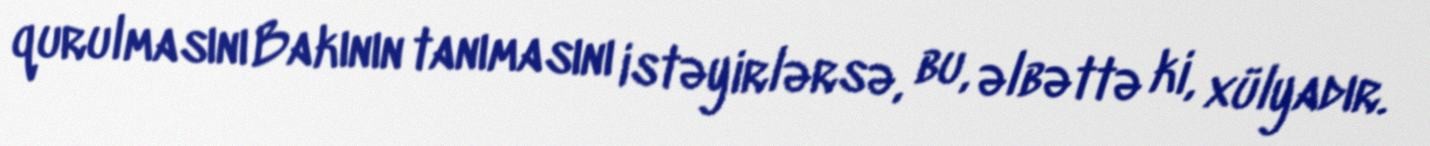
qurulmasını Bakının tanımasını istəyirlərsə, bu, əlbəttə ki, xülyadır.